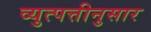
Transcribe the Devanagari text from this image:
व्युत्पत्तीनुसार